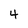
Character: 4